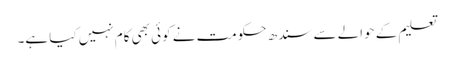
تعلیم کے حوالے سے سندھ حکومت نے کوئی بھی کام نہیں کیا ہے۔